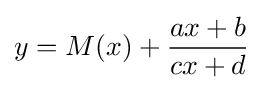
y=M(x)+{\frac {ax+b}{cx+d}}